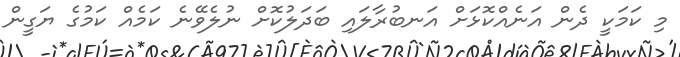
މި ކަމަކީ ދެން އަނެއްކޮޅަށް އަނބުރާލައި ބަދަލުކޮށް ނުލެވޭނެ ކަމެއް ކަމުގެ ޔަގީން